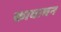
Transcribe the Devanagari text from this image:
कावाचन